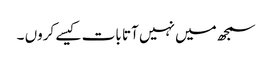
سمجھ میں نہیں آتا بات کیسے کروں ۔